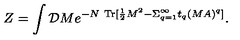
Z = \int { \cal D } M e ^ { - N \ \mathrm { T r } [ { \frac { 1 } { 2 } } M ^ { 2 } - { } \Sigma _ { q = 1 } ^ { \infty } t _ { q } ( M A ) ^ { q } ] } .